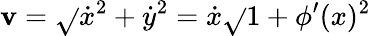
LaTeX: \mathbf{v}=\sqrt{}{{\dot{{x}}^{2}+\dot{{y}}^{2}}}=\dot{{x}}\sqrt{}{{1+\phi^{\prime}(x)^{2}}}